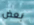
بعض